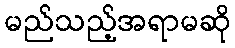
မည်သည့်အရာမဆို